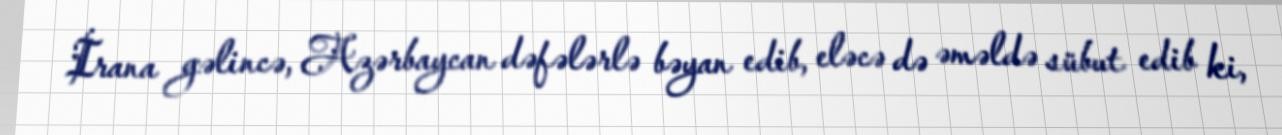
İrana gəlincə, Azərbaycan dəfələrlə bəyan edib, eləcə də əməldə sübut edib ki,